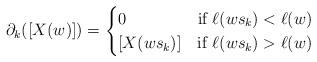
LaTeX: \begin{align*} \partial_k([X(w)])= \begin{cases} 0 & \textrm{if } \ell(ws_k) < \ell(w) \\ [X(ws_k)] & \textrm{if } \ell(ws_k) > \ell(w)\end{cases} \end{align*}